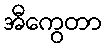
အီကွေတာ